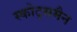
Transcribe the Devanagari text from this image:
स्कोट्समैन